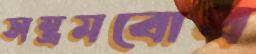
সম্ভ্রমবোধ